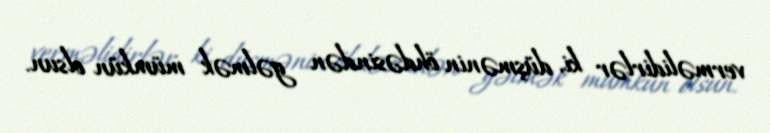
verməlidirlər ki, düşmənin öhdəsindən gəlmək mümkün olsun.